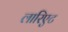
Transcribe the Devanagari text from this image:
लारिएट